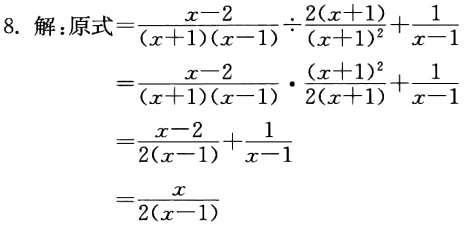
\[

\begin{align*}

&解：原式=\frac{x - 2}{(x + 1)(x - 1)}\div\frac{2(x + 1)}{(x + 1)^2}+\frac{1}{x - 1}\\

&=\frac{x - 2}{(x + 1)(x - 1)}\cdot\frac{(x + 1)^2}{2(x + 1)}+\frac{1}{x - 1}\\

&=\frac{x - 2}{2(x - 1)}+\frac{1}{x - 1}\\

&=\frac{x}{2(x - 1)}

\end{align*}

\]